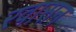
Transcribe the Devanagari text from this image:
रवासन